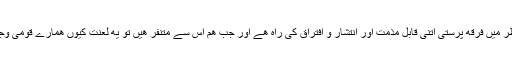
اب غور طلب سوال یه هے که جب قرآن کی نظر میں فرقه پرستی اتنی قابل مذمت اور انتشار و افتراق کی راه هے اور جب هم اس سے متنفر هیں تو یه لعنت کیوں همارے قومی وجود کو دیمک کی طرح کهوکهلا کر رهی هے؟